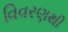
વિવરણથી